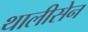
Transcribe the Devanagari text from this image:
थालीसेन